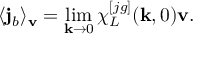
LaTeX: \langle { \bf j } _ { b } \rangle _ { \bf v } = \operatorname * { l i m } _ { { \bf k } \to 0 } \chi _ { L } ^ { [ j g ] } ( { \bf k } , 0 ) { \bf v } .